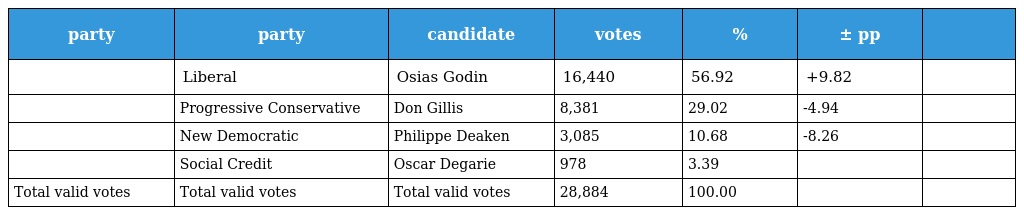
| party | party | candidate | votes | % | ± pp |  |
 | --- | --- | --- | --- | --- | --- | --- |
 |  | Liberal | Osias Godin | 16,440 | 56.92 | +9.82 |  |
 |  | Progressive Conservative | Don Gillis | 8,381 | 29.02 | -4.94 |  |
 |  | New Democratic | Philippe Deaken | 3,085 | 10.68 | -8.26 |  |
 |  | Social Credit | Oscar Degarie | 978 | 3.39 |  |  |
 | Total valid votes | Total valid votes | Total valid votes | 28,884 | 100.00 |  |  |